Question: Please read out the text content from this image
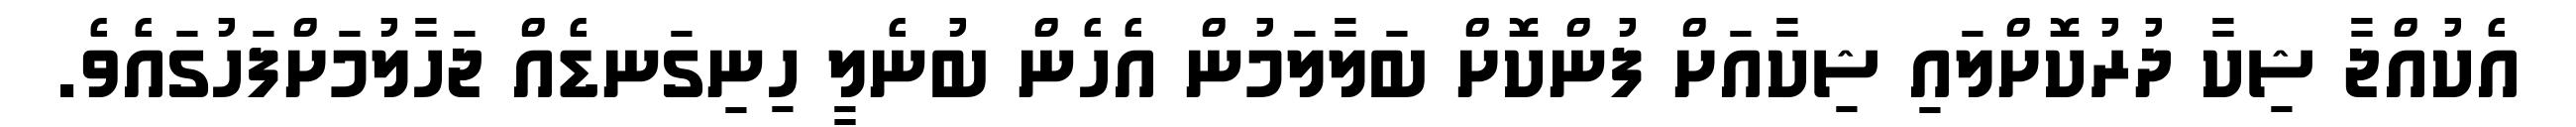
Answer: އެކުއްޖާ ޝިކާ ދުރުކޮށްލައި ޝިކާއަށް ފުންކޮށް ބަލާލަމުން އެހެން ބުނެލީ ހިނިގަނޑެއް ޖަހާލުމަށްފަހުގައެވެ.